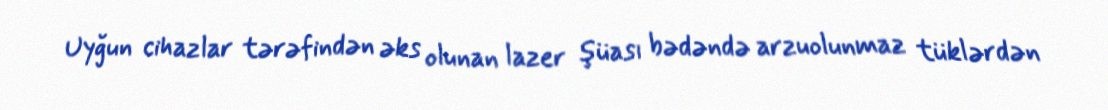
Uyğun cihazlar tərəfindən əks olunan lazer şüası bədəndə arzuolunmaz tüklərdən